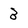
Character: 3